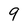
Character: 9